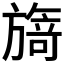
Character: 𭥃